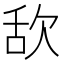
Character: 𣢯